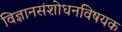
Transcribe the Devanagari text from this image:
विज्ञानसंशोधनविषयक